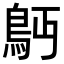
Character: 𩾳